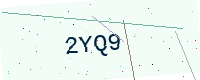
Text: 2YQ9